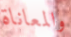
والمعاناة